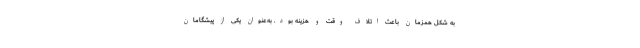
به شکل همزمان باعث اتلاف وقت و هزینه بود. به‌عنوان یکی از پیشگامان